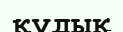
құдық